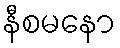
နီစမနော